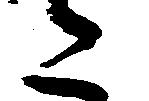
た